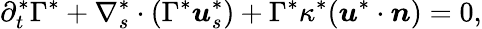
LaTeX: \partial_{t}^{*}\Gamma^{*}+\nabla_{s}^{*}\cdot(\Gamma^{*}\boldsymbol{u}_{s}^{*})+\Gamma^{*}\kappa^{*}(\boldsymbol{u}^{*}\cdot\boldsymbol{n})=0,